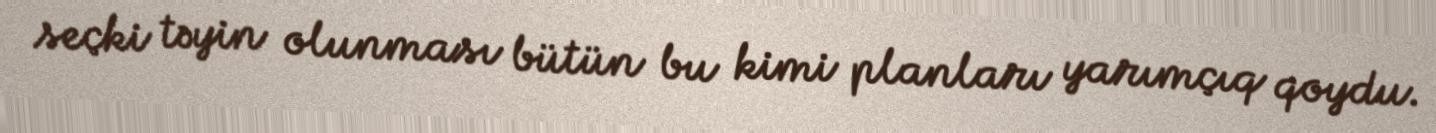
seçki təyin olunması bütün bu kimi planları yarımçıq qoydu.